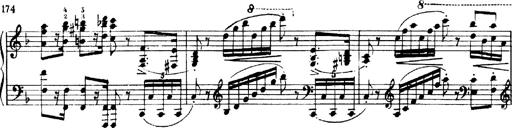
Title: Andante Finale und Marsch aus der Oper KÃ¶nig Alfred
Composer: Franz Liszt